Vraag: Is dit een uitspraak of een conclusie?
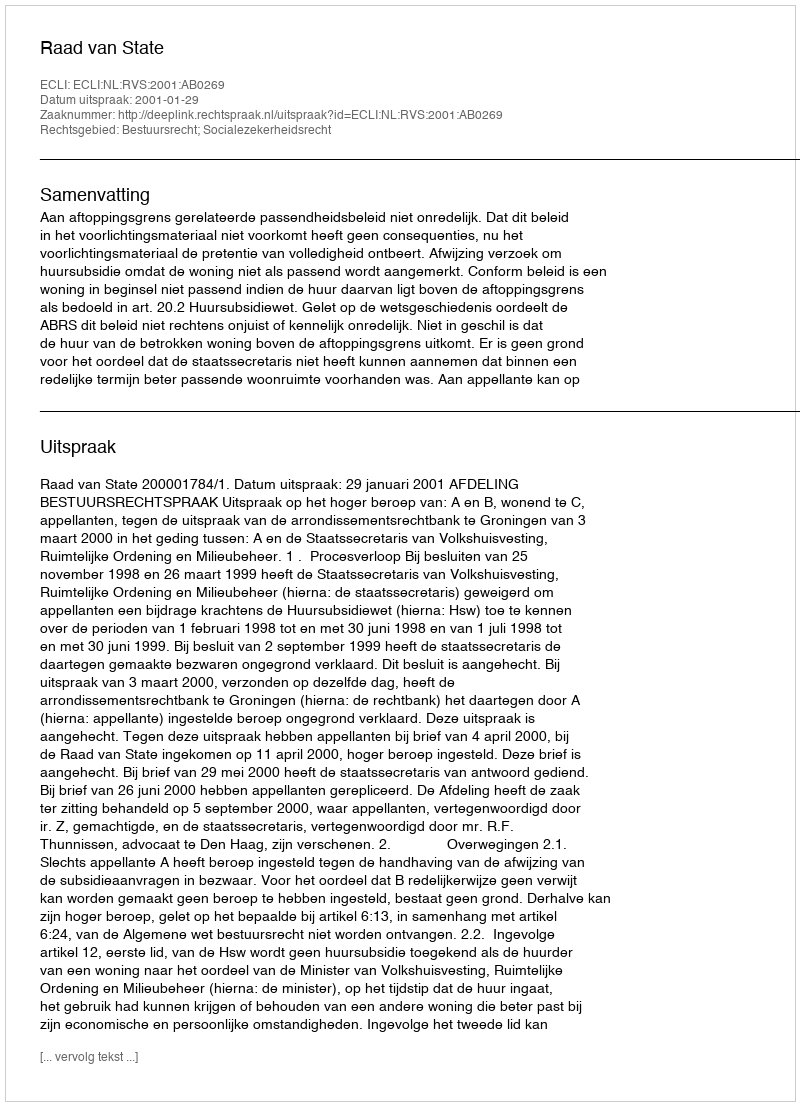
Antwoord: Uitspraak